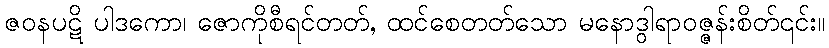
ဇဝနပဋိ ပါဒကော၊ ဇောကိုစီရင်တတ်, ထင်စေတတ်သော မနောဒွါရာဝဇ္ဇန်းစိတ်၎င်း။